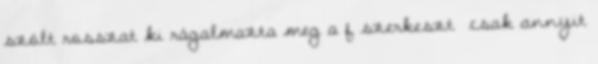
szólt rosszat ki rágalmazta meg a f�szerkeszt� csak annyit